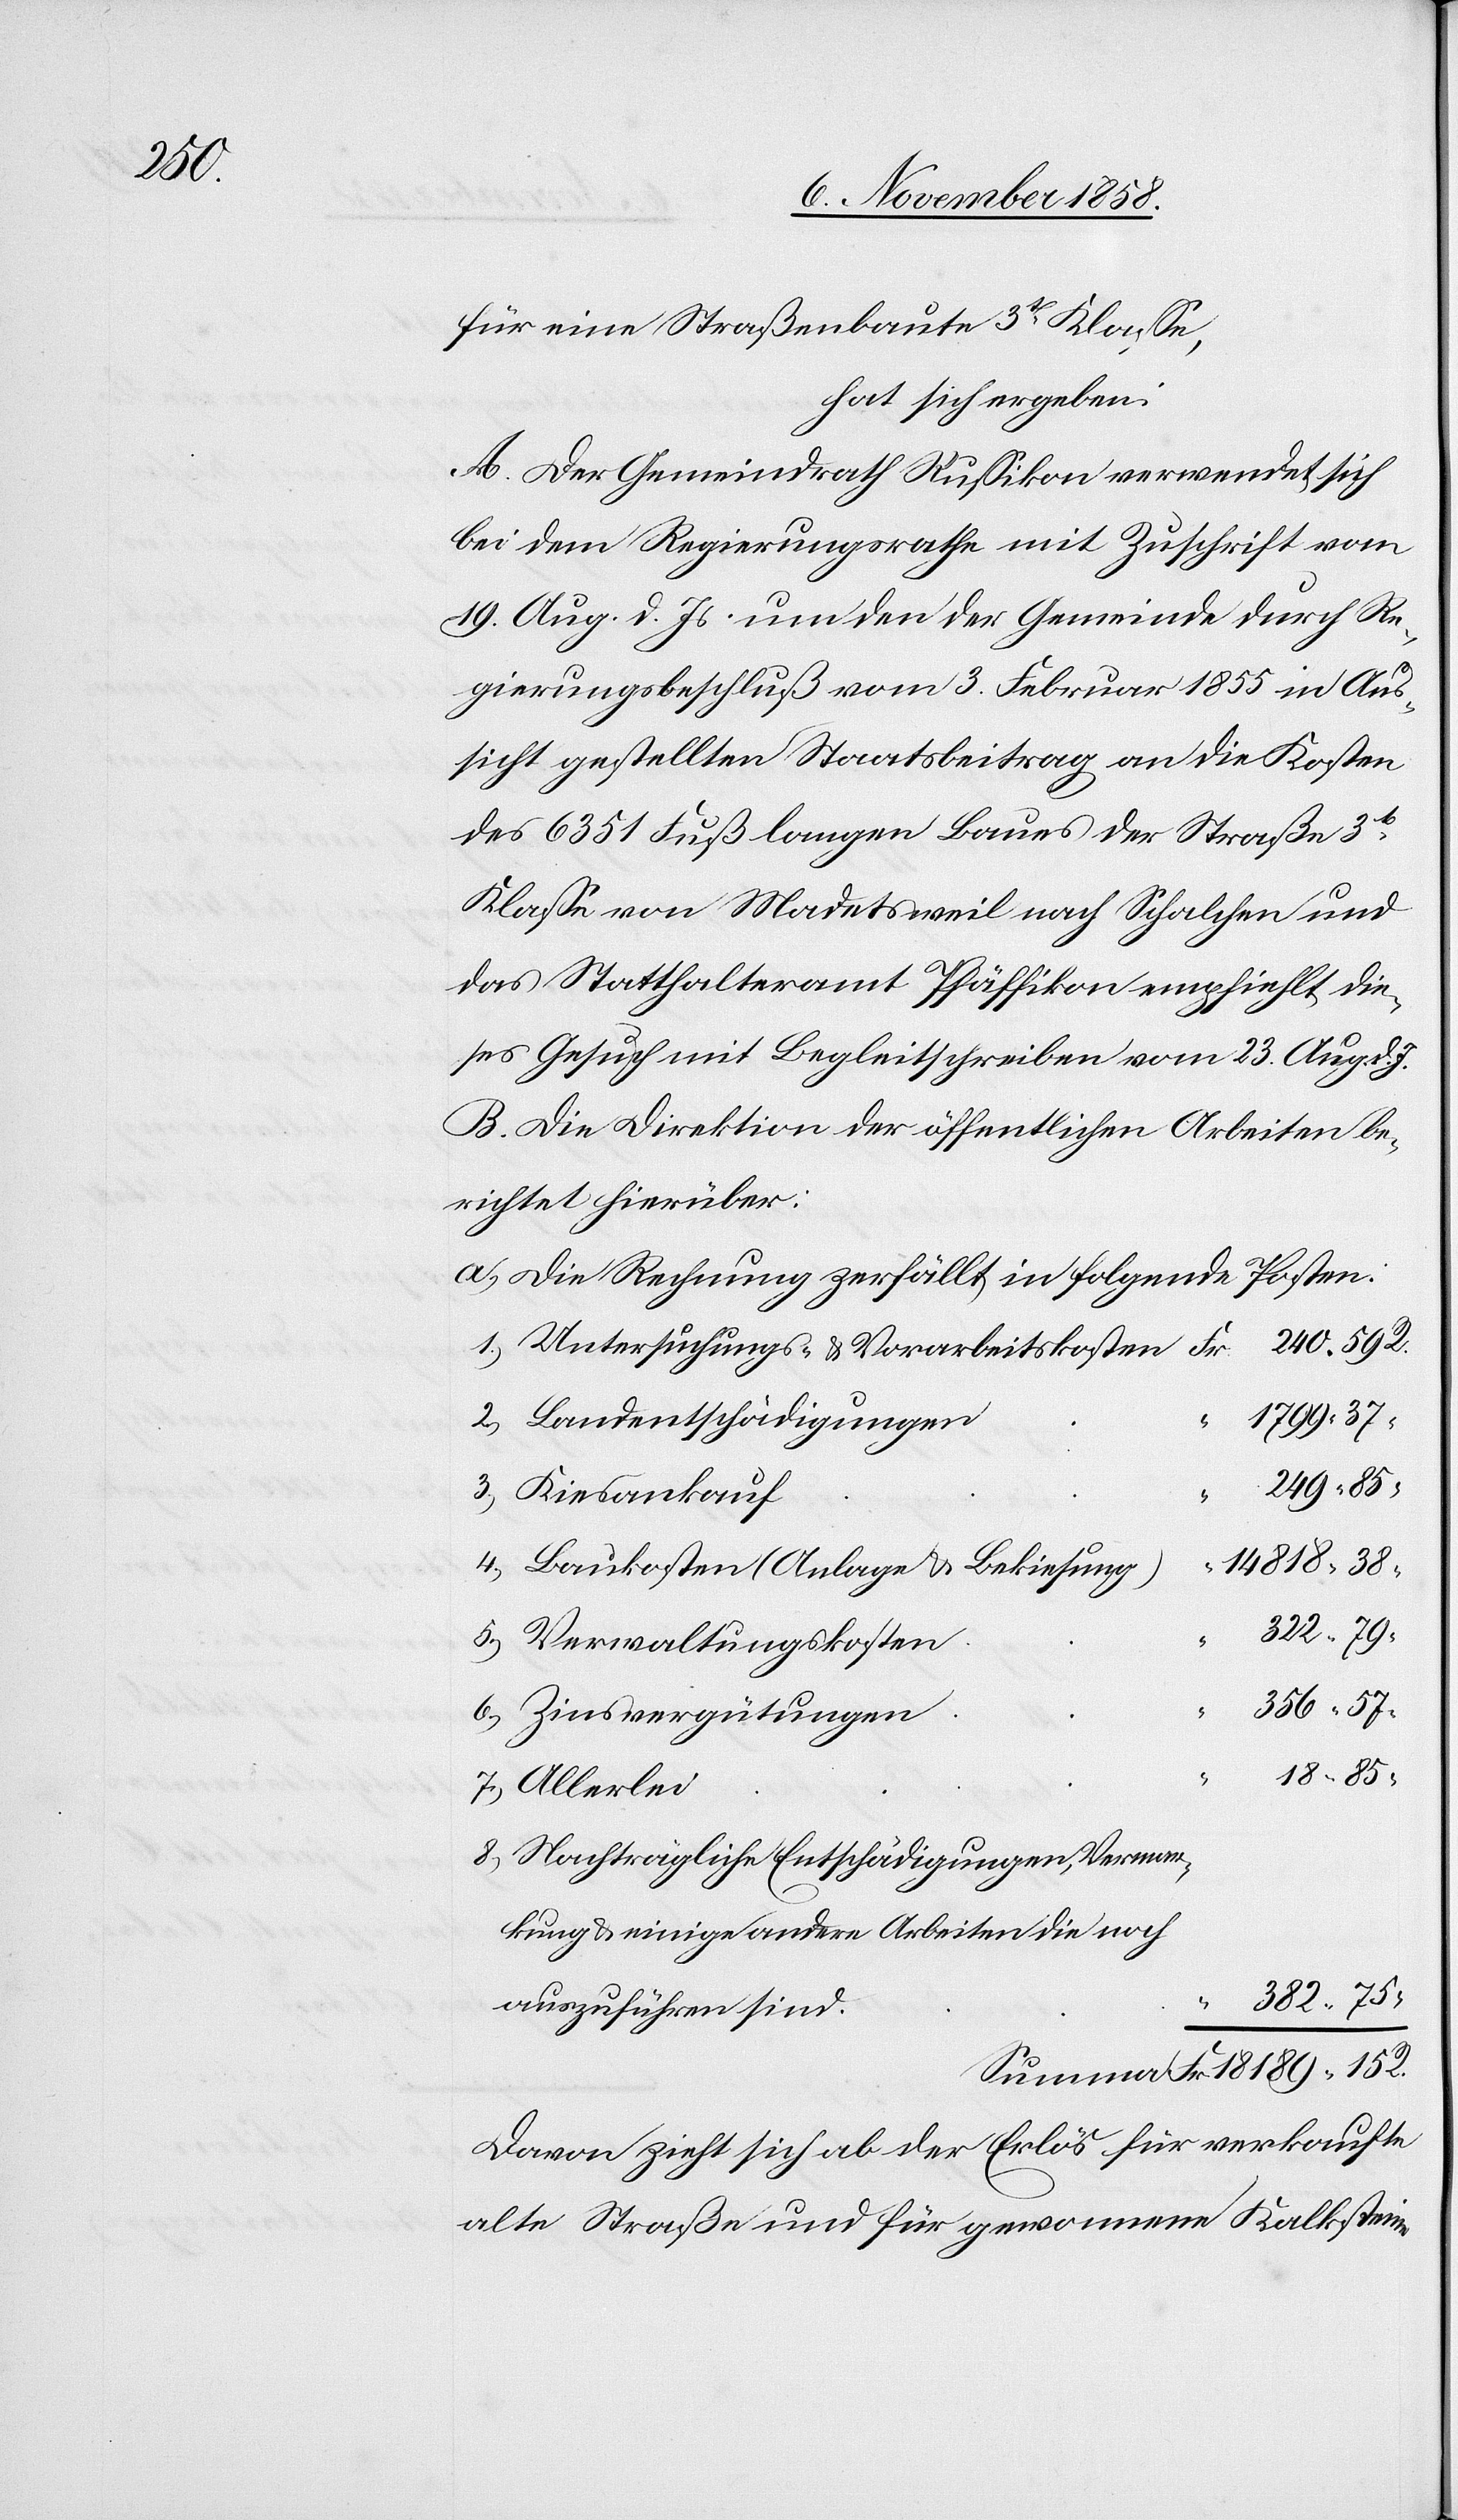
Allerlei

für eine Straßenbaute 3t Klasse,
hat sich ergeben:
A. Der Gemeindrath Russikon verwendet sich
bei dem Regierungsrathe mit Zuschrift vom
19. Aug. d. Js. um den der Gemeinde durch Re¬
gierungsbeschluß vom 3. Februar 1855 in Aus¬
sicht gestellten Staatsbeitrag an die Kosten
des 6351 Fuß langen Baues der Straße 3t
Klasse von Madetsweil nach Schalchen und
das Statthalteramt Pfäffikon empfiehlt die¬
ses Gesuch mit Begleitschreiben vom 23. Aug. d.
B. Die Direktion der öffentlichen Arbeiten be¬
richtet hierüber:
a.) Die Rechnung zerfällt in folgende Posten:
1799. 37
Landentschädigungen
249. 85
14 818. 38
Baukosten (Anlage & Bekiesung)
322. 79 “
Verwaltungskosten
356. 57 “
7.)
Zinsvergütungen
18. 85 “
8.)
Nachträgliche Entschädigungen, Vermar¬
kung & einige andere Arbeiten die noch
382. 75
“
auszuführen sind.
Fr. 18 189. 15 R.
Davon zieht sich ab der Erlös für verkaufte
alte Straße und für gewonnene Kalksteine